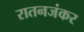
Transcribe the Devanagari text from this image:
रातनजंकर